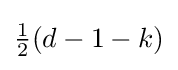
{\tfrac {1}{2}}(d-1-k)